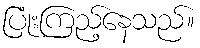
ပြုံးကြည့်နေသည်။